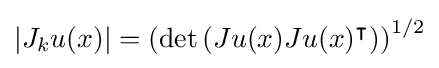
|J_{k}u(x)|=\left({\det \left(Ju(x)Ju(x)^{\intercal }\right)}\right)^{1/2}